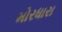
મોરધારા